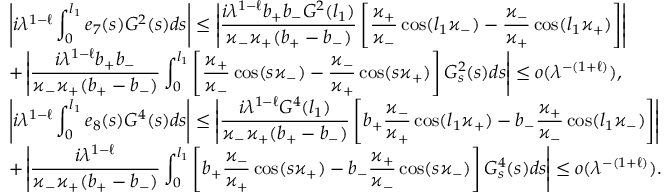
\begin{array} { l } { \displaystyle \left| i { \lambda } ^ { 1 - \ell } \int _ { 0 } ^ { l _ { 1 } } e _ { 7 } ( s ) G ^ { 2 } ( s ) d s \right| \leq \left| \frac { i { \lambda } ^ { 1 - \ell } b _ { + } b _ { - } G ^ { 2 } ( l _ { 1 } ) } { \varkappa _ { - } \varkappa _ { + } ( b _ { + } - b _ { - } ) } \left[ \frac { \varkappa _ { + } } { \varkappa _ { - } } \cos ( l _ { 1 } \varkappa _ { - } ) - \frac { \varkappa _ { - } } { \varkappa _ { + } } \cos ( l _ { 1 } \varkappa _ { + } ) \right] \right| } \\ { \displaystyle + \left| \frac { i { \lambda } ^ { 1 - \ell } b _ { + } b _ { - } } { \varkappa _ { - } \varkappa _ { + } ( b _ { + } - b _ { - } ) } \int _ { 0 } ^ { l _ { 1 } } \left[ \frac { \varkappa _ { + } } { \varkappa _ { - } } \cos ( s \varkappa _ { - } ) - \frac { \varkappa _ { - } } { \varkappa _ { + } } \cos ( s \varkappa _ { + } ) \right] G _ { s } ^ { 2 } ( s ) d s \right| \leq o ( { \lambda } ^ { - ( 1 + \ell ) } ) , } \\ { \displaystyle \left| i { \lambda } ^ { 1 - \ell } \int _ { 0 } ^ { l _ { 1 } } e _ { 8 } ( s ) G ^ { 4 } ( s ) d s \right| \leq \left| \frac { i { \lambda } ^ { 1 - \ell } G ^ { 4 } ( l _ { 1 } ) } { \varkappa _ { - } \varkappa _ { + } ( b _ { + } - b _ { - } ) } \left[ b _ { + } \frac { \varkappa _ { - } } { \varkappa _ { + } } \cos ( l _ { 1 } \varkappa _ { + } ) - b _ { - } \frac { \varkappa _ { + } } { \varkappa _ { - } } \cos ( l _ { 1 } \varkappa _ { - } ) \right] \right| } \\ { \displaystyle + \left| \frac { i { \lambda } ^ { 1 - \ell } } { \varkappa _ { - } \varkappa _ { + } ( b _ { + } - b _ { - } ) } \int _ { 0 } ^ { l _ { 1 } } \left[ b _ { + } \frac { \varkappa _ { - } } { \varkappa _ { + } } \cos ( s \varkappa _ { + } ) - b _ { - } \frac { \varkappa _ { + } } { \varkappa _ { - } } \cos ( s \varkappa _ { - } ) \right] G _ { s } ^ { 4 } ( s ) d s \right| \leq o ( { \lambda } ^ { - ( 1 + \ell ) } ) . } \end{array}